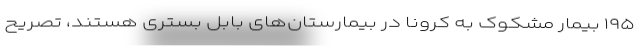
۱۹۵ بیمار مشکوک به کرونا در بیمارستان‌های بابل بسترى هستند، تصریح